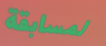
لمسابقة